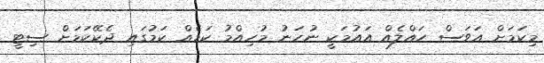
މިކަމަށް އަވަސް ހައްލެއް އައުމަކީ ނުހަނު މުހިއްމު ކަމެއް ކަމުގައި ދެކޭކަމަށް ސިޓީ